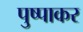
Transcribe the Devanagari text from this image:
पुष्पाकर